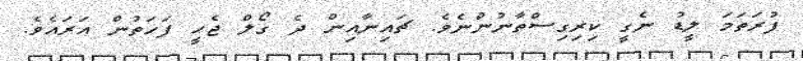
ފުރަތަމަ ލީޑު ނެގީ ކިރިގިސްތާނުންނެވެ. ޗައިނާއިން ދެ ގޯލް ޖެހީ ފަހަތުން އަރައެވެ.